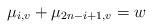
LaTeX: \begin{align*}\mu_{i,v}+\mu_{2n-i+1,v}=w\end{align*}